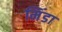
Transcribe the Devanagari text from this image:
मिंडा